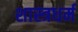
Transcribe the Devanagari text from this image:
शास्त्रधर्म